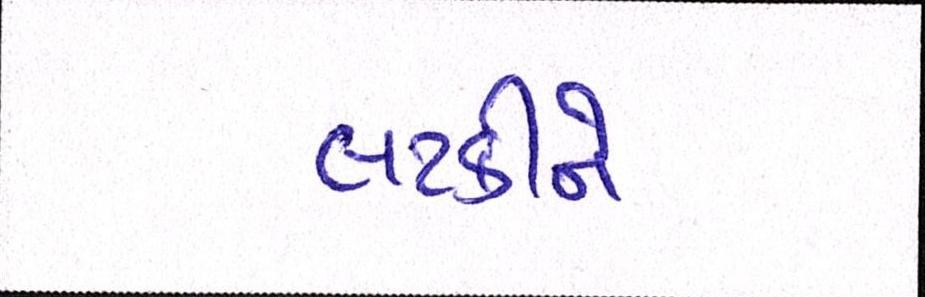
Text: લટકીને